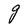
Character: g